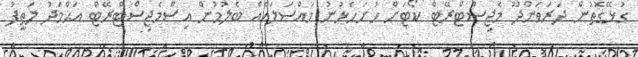
ގުޅޭގޮތުން ދަރަވަންދޫ މެޖިސްޓްރޭޓް ކޯޓަށް ހުށަހެޅުނު މައްސަލައެއް ބެލުމުން އިސްމެޖިސްޓްރޭޓް އަޙްމަދު ލަޠީފު